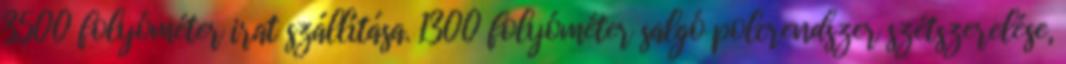
3500 folyóméter irat szállítása. 1300 folyóméter salgó polcrendszer szétszerelése,